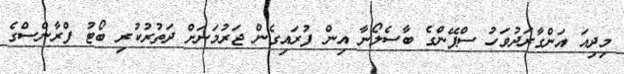
މިދިއަ އަންގާރަދުވަހު ސްޕޭންގެ ބާސެލޯނާ އިން ފުރައިގެން ޖަރުމަނަށް ދަތުރުކުރި ބޯޓު ފްރާންސްގެ